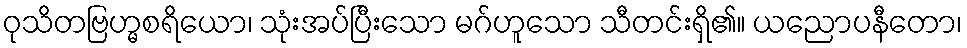
ဝုသိတဗြဟ္မစရိယော၊ သုံးအပ်ပြီးသော မဂ်ဟူသော သီတင်းရှိ၏။ ယညောပနီတော၊